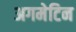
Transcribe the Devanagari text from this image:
अगमेटिन